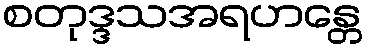
စတုဒ္ဒသအရဟန္တေ